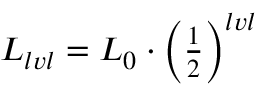
\begin{array} { r } { L _ { l v l } = L _ { 0 } \cdot \left( \frac { 1 } { 2 } \right) ^ { l v l } } \end{array}